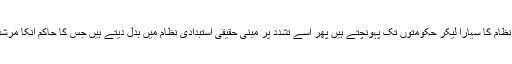
جمہورى نظام کا سہارا لیکر حکومتوں تک پہونچتے ہیں پھر اسے تشدد پر مبنى حقیقى استبدادى نظام میں بدل دیتے ہیں جس کا حاکم انکا مرشد ہوتا ہے۔